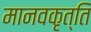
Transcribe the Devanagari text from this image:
मानवकृत्ति